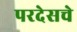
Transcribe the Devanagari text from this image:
परदेसचे